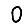
Digit: 0